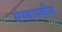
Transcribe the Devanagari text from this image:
संस्थापकीय